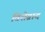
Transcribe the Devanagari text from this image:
विसेग्राद